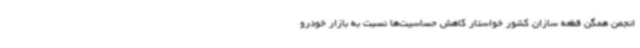
انجمن همگن قطعه سازان کشور خواستار کاهش حساسیت‌ها نسبت به بازار خودرو